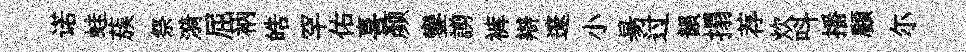
诺蛙蔟祭漪屈衲皓罕佑喜颜鑾謭裤辯邃小昜过韻搨荐炊呌播顧尓